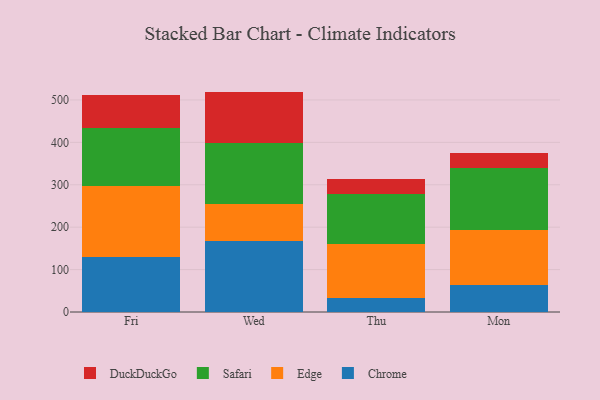
{"axis": {"x": "Day", "y": "Waste Production (Tons)"}, "legend": ["Chrome", "DuckDuckGo", "Edge", "Safari"], "data": [{"x": "Fri", "y": 129.3, "type": "Chrome"}, {"x": "Fri", "y": 167.2, "type": "Edge"}, {"x": "Fri", "y": 137.1, "type": "Safari"}, {"x": "Fri", "y": 78.3, "type": "DuckDuckGo"}, {"x": "Wed", "y": 167.7, "type": "Chrome"}, {"x": "Wed", "y": 86.2, "type": "Edge"}, {"x": "Wed", "y": 145.0, "type": "Safari"}, {"x": "Wed", "y": 120.8, "type": "DuckDuckGo"}, {"x": "Thu", "y": 32.3, "type": "Chrome"}, {"x": "Thu", "y": 127.2, "type": "Edge"}, {"x": "Thu", "y": 119.4, "type": "Safari"}, {"x": "Thu", "y": 35.3, "type": "DuckDuckGo"}, {"x": "Mon", "y": 63.6, "type": "Chrome"}, {"x": "Mon", "y": 130.7, "type": "Edge"}, {"x": "Mon", "y": 144.3, "type": "Safari"}, {"x": "Mon", "y": 37.5, "type": "DuckDuckGo"}]}